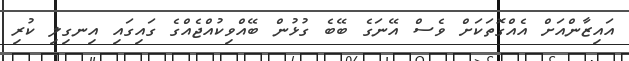
އައިޒާންއަށް އެއްގޮތަކަށް ވެސް އޭނަގެ ބޭބެ ގުޅުން ބޭއްވިކުއްޖެއްގެ ގައިގައި އިނގިލި ކުރި